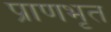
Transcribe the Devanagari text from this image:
प्राणभृत